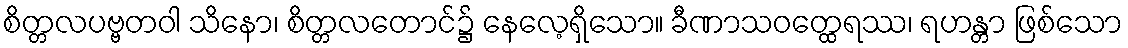
စိတ္တလပဗ္ဗတဝါ သိနော၊ စိတ္တလတောင်၌ နေလေ့ရှိသော။ ခီဏာသဝတ္ထေရဿ၊ ရဟန္တာ ဖြစ်သော